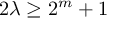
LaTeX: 2 \lambda \geq 2 ^ { m } + 1